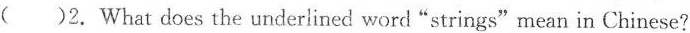
( )2. What does the underlined word "strings"mean in Chinese?